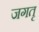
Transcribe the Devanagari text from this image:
जगतृ